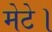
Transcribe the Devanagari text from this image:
मेटे।